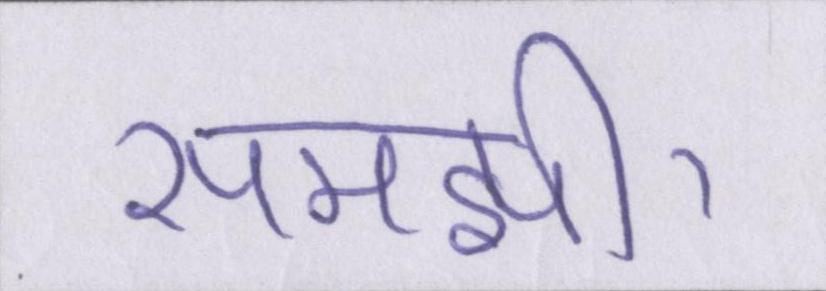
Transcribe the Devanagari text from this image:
समझी।